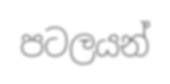
පටලයන්